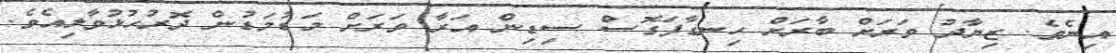
އިނެވެ. ޒިޔާދު ވަރަށް ބާރަށް ހިނގާފަގޮސް ސިޑިން އަރާ ވަރަށް މަޑުމަޑުން ދޮރުހުޅުވާލިއެވެ.